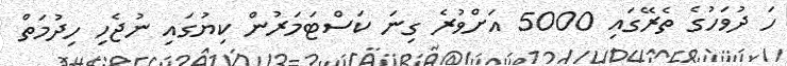
ހަ ދުވަހުގެ ތެރޭގައި 5000 އަށްވުރެ ގިނަ ކަސްޓަމަރުން ކިޔުގައި ނުޖެހި ހިދުމަތް